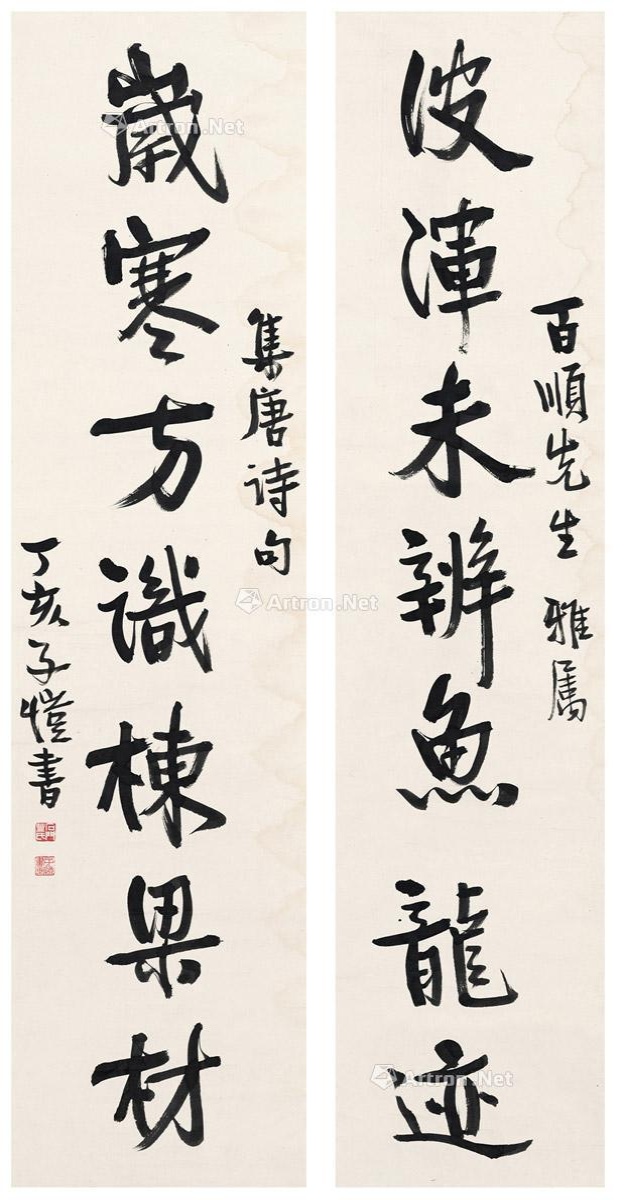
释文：波浑未辨鱼龙迹，岁寒方识栋梁材。百顺先生雅属。集唐诗句。丁亥，子恺书。